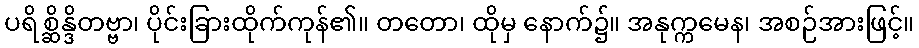
ပရိစ္ဆိန္ဒိတဗ္ဗာ၊ ပိုင်းခြားထိုက်ကုန်၏။ တတော၊ ထိုမှ နောက်၌။ အနုက္ကမေန၊ အစဉ်အားဖြင့်။